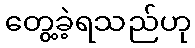
တွေ့ခဲ့ရသည်ဟု